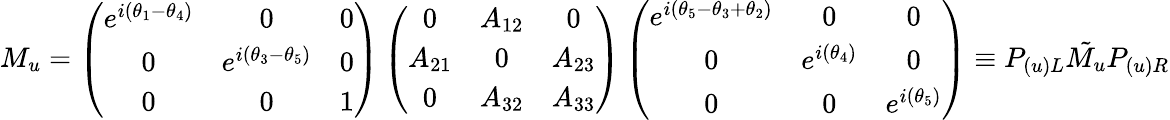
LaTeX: M_{u}=\left(\begin{array}{ccc}{{e^{i(\theta_{1}-\theta_{4})}}}&{{0}}&{{0}}\\ {{0}}&{{e^{i(\theta_{3}-\theta_{5})}}}&{{0}}\\ {{0}}&{{0}}&{{1}}\end{array}\right)\left(\begin{array}{ccc}{{0}}&{{A_{12}}}&{{0}}\\ {{A_{21}}}&{{0}}&{{A_{23}}}\\ {{0}}&{{A_{32}}}&{{A_{33}}}\end{array}\right)\left(\begin{array}{ccc}{{e^{i(\theta_{5}-\theta_{3}+\theta_{2})}}}&{{0}}&{{0}}\\ {{0}}&{{e^{i(\theta_{4})}}}&{{0}}\\ {{0}}&{{0}}&{{e^{i(\theta_{5})}}}\end{array}\right)\equiv P_{(u)L}\tilde{M_{u}}P_{(u)R}